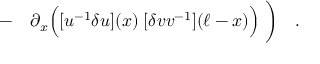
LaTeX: \qquad - \quad \partial _ { x } \Bigl ( [ u ^ { - 1 } \delta u ] ( x ) \; [ \delta v v ^ { - 1 } ] ( \ell - x ) \Bigr ) \; \biggr ) \quad .